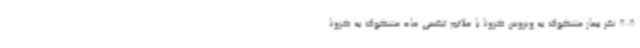
808 نفر بیمار مشکوک به ویروس کرونا با علائم تنفسی حاد مشکوک به کرونا